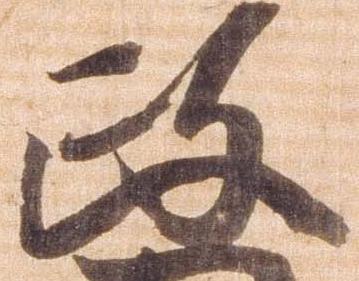
政